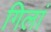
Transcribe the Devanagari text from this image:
गिलां